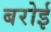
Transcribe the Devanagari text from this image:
बरोई